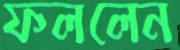
ফললেন